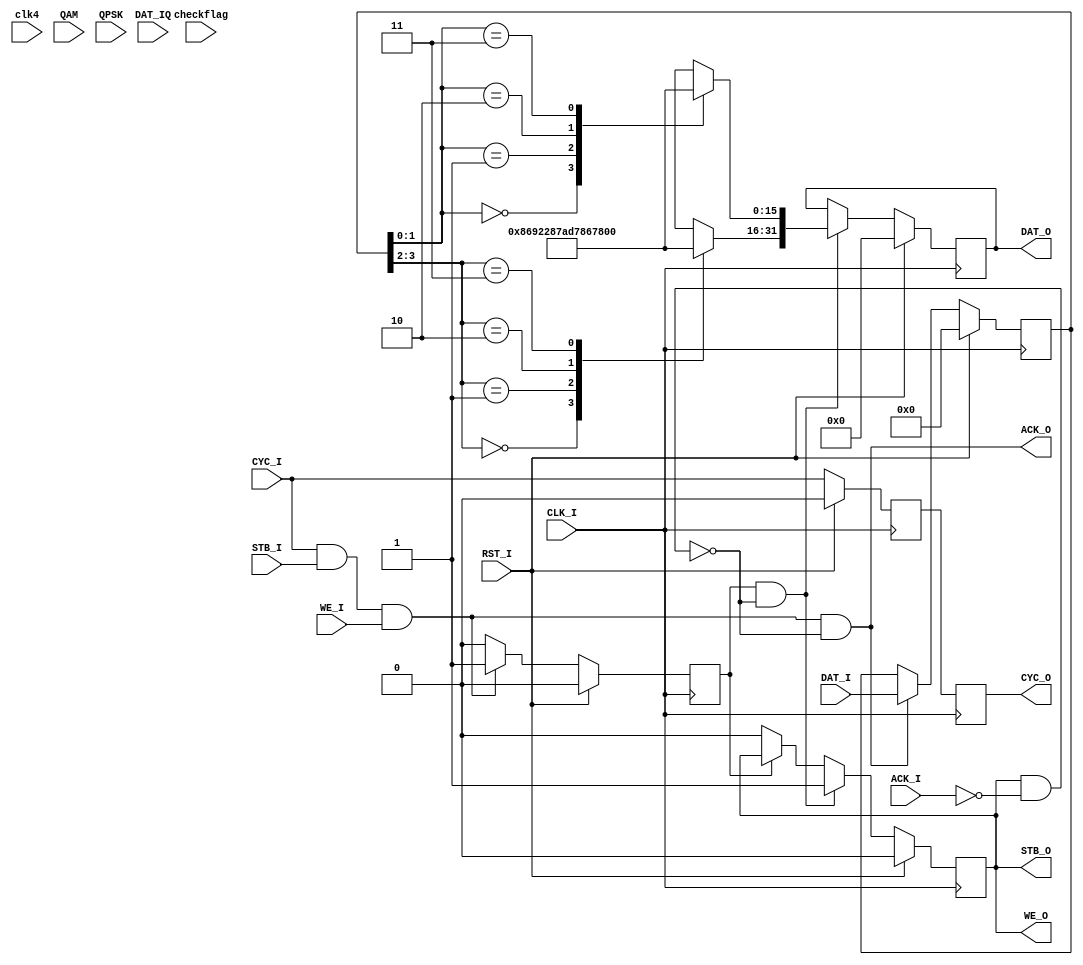

`define Qn3 16'h8692
`define Qn1 16'hD786
`define Qp1 16'h287A
`define Qp3 16'h796E

module QAM16_Mod(
	input 			CLK_I,clk4, RST_I,
	input [3:0] 	DAT_I,
	input [1:0] DAT_IQ,
	input 			CYC_I, WE_I, STB_I, 
	output			ACK_O,
	input checkflag,
	output reg [31:0]	DAT_O,
	input QAM,
	input QPSK,
	output reg			CYC_O, STB_O,
	output				WE_O,
	input					ACK_I	
    );//9315009155
reg [3:0]	idat;
reg			ival;	
wire 			out_halt, ena;

reg [15:0] 	datout_Re, datout_Im;

assign 	out_halt = STB_O & (~ACK_I);
assign 	ena 		= CYC_I & STB_I & WE_I;
assign 	ACK_O 	= ena &(~out_halt);


	
always @(posedge CLK_I) begin
	if(RST_I) 			idat<= 4'b0000;
	else if(ACK_O) 	idat <= DAT_I[3:0];
end

always @(posedge CLK_I) begin
	if(RST_I) 			ival <= 1'b0;
	else if(ena)		ival <= 1'b1;
	else					ival <= 1'b0;
end

always @(posedge CLK_I)
begin
	if(RST_I)	begin
		STB_O <= 1'b0;
		DAT_O <= 32'b0;
		end
	else if(ival & (~out_halt)) begin	
		DAT_O <= {datout_Im, datout_Re};	
		STB_O <= 1'b1;
		end	
	else if(~ival) begin	
		STB_O <= 1'b0;
		end
end

reg icyc;
always @(posedge CLK_I)
begin
	if(RST_I)		icyc <= 1'b0;		
	else				icyc <= CYC_I;	
end
always @(posedge CLK_I)
begin
	if(RST_I)		CYC_O	<= icyc;			
	else 				CYC_O	<= icyc;
end

assign WE_O = STB_O;

always @(*) begin
	case (idat[3:2])
        2'b00  : datout_Im = `Qn3; //0
      	2'b01  : datout_Im = `Qp1; //1
		2'b10  : datout_Im = `Qn1; //2
		2'b11  : datout_Im = `Qp3; //3
		default: datout_Im = 16'd0;
	endcase
end

always @(*) begin
	case (idat[1:0])
      2'b00  : datout_Re = `Qn3;
      2'b01  : datout_Re = `Qp1;
	  2'b10  : datout_Re = `Qn1;
	  2'b11  : datout_Re = `Qp3;	
		default: datout_Re = 16'd0;
	endcase
end

endmodule